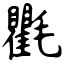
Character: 氍